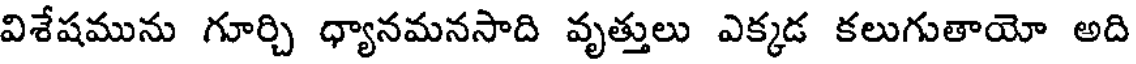
విశేషమును గూర్చి ధ్యానమనసాది వృత్తులు ఎక్కడ కలుగుతాయో అది